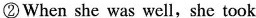
②When she was well,she took